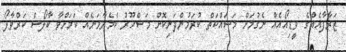
ޒަރާފާއެއްގެ ވީޑިއޯއެއް ނެގުމަށް މަސައްކަތް ކުރަމުންދަނިކޮށް މަޝްހޫރު ކެމެރާމަނެއް ކަމަށްވާ ކާލޯސް ކަރްވާލޯ